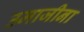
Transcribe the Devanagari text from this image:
उमाजीना